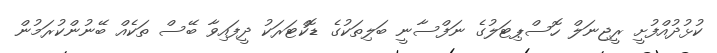
ކުޅުދުއްފުށީ ރީޖިނަލް ހޮސްޕިޓަލުގެ ނަފްސާނީ ބަލިތަކުގެ ޑޮކްޓަރަކު ދީފައިވާ ބޭސް ތަކެއް ބޭނުންކުރަމުން